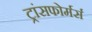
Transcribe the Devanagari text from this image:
ट्रांसफोर्मर्स